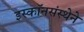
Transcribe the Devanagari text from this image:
इस्कॉनसंस्थेने